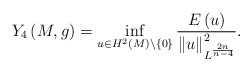
\begin{align*}Y_{4}\left( M,g\right) =\inf_{u\in H^{2}\left( M\right) \backslash \left\{0\right\} }\frac{E\left( u\right) }{\left\Vert u\right\Vert _{L^{\frac{2n}{n-4}}}^{2}}. \end{align*}